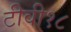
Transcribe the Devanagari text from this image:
टीवी१८